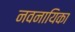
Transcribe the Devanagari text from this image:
नवनायिका